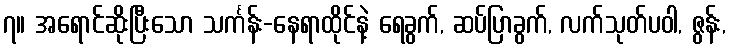
၇။ အရောင်ဆိုးပြီးသော သင်္ကန်း-နေရာထိုင်နဲ့ ရေခွက်, ဆပ်ပြာခွက်, လက်သုတ်ပဝါ, ဇွန်း,